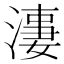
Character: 𱨌